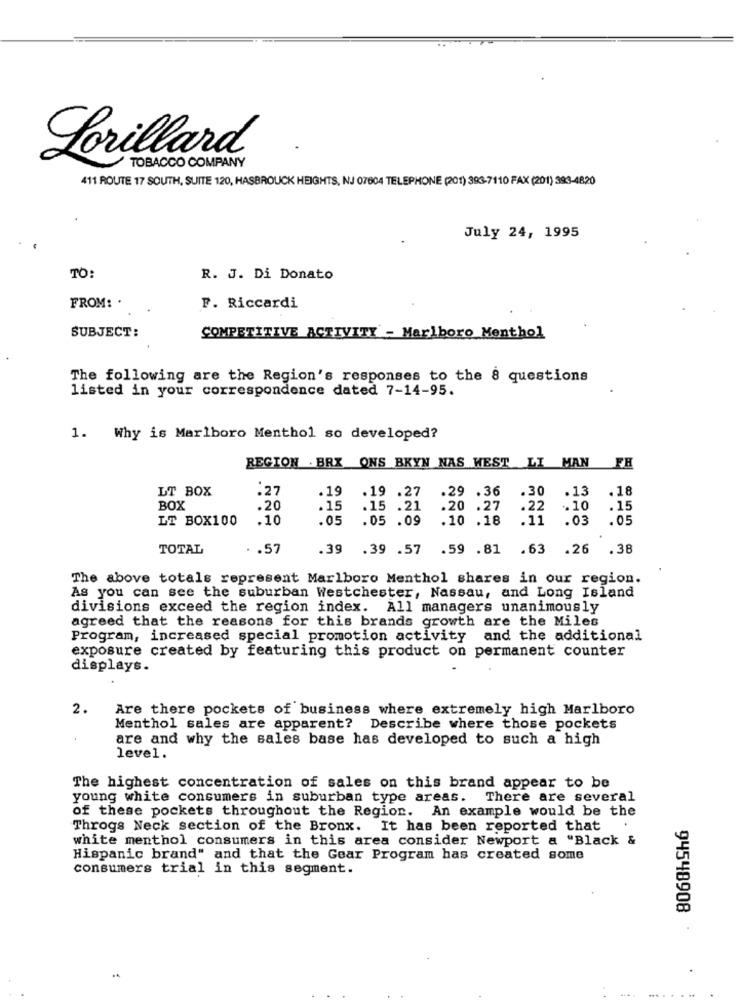
TOBACCO COMPANY
Lorillard
411 ROUTE 17 SOUTH, SUITE 120, HASBROUCK HEIGHTS, NJ 07604 TELEPHONE (201) 393-7110 FAX (201) 393-4820
July 24, 1995
TO:
R. J. Di Donato
FROM: .
F. Riccardi
SUBJECT:
COMPETITIVE ACTIVITY - Marlboro Menthol
The following are the Region's responses to the 8 questions
listed in your correspondence dated 7-14-95.
1. Why is Marlboro Menthol so developed?
FH
REGION . BRX ONS BKYN NAS WEST LI MAN
LT BOX
.27
.29 . 36
.30
.13
. 18
.19
.19 . 27
BOX
.20
.15
.15 .21
.20 .27
.22
.. 10
.15
LT BOX100
.10
.05
.05 .09
.10 .18
.11 .03
.05
TOTAL
.. 57
.39 .39 .57 .59 .81 .63 .26
.38
The above totals represent Marlboro Menthol shares in our region.
As you can see the suburban Westchester, Nassau, and Long Island
divisions exceed the region index. All managers unanimously
agreed that the reasons for this brands growth are the Miles
Program, increased special promotion activity and the additional
exposure created by featuring this product on permanent counter
displays.
2.
Are there pockets of business where extremely high Marlboro
Menthol sales are apparent? Describe where those pockets
.
are and why the sales base has developed to such a high
level.
The highest concentration of sales on this brand appear to be
young white consumers in suburban type areas. There are several
of these pockets throughout the Region. An example would be the
Throgs Neck section of the Bronx. It has been reported that
white menthol consumers in this area consider Newport a "Black &
Hispanic brand" and that the Gear Program has created some
consumers trial in this segment.
94548908